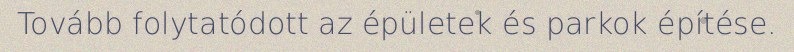
Tovább folytatódott az épületek és parkok építése.